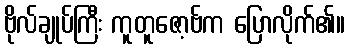
ဗိုလ်ချုပ်ကြီး ကူတူဇော့ဗ်က ပြောလိုက်၏။